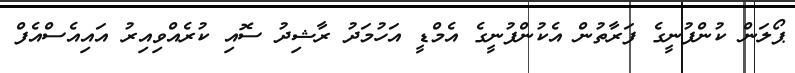
ޕޯލަން ކުންފުނީގެ ފަރާތުން އެކުންފުނީގެ އެމްޑީ އަހުމަދު ރާޝިދު ސޮއި ކުރެއްވިއިރު އައިއެސްއެފް